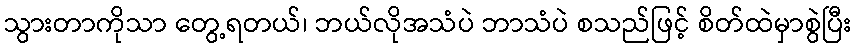
သွားတာကိုသာ တွေ့ရတယ်၊ ဘယ်လိုအသံပဲ ဘာသံပဲ စသည်ဖြင့် စိတ်ထဲမှာစွဲပြီး